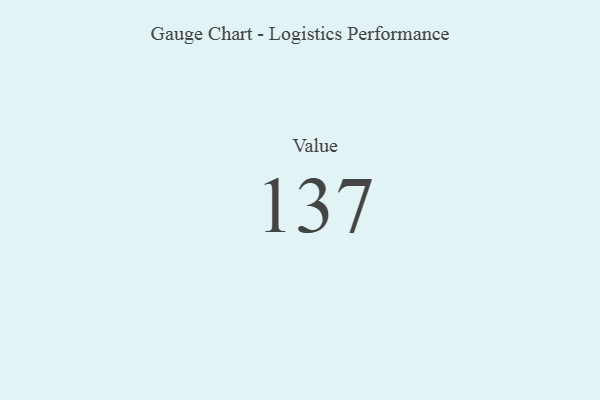
{"axis": {"x": "Metric", "y": "Value"}, "legend": [""], "data": [{"x": "Value", "y": 137, "type": ""}]}